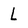
Character: l